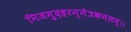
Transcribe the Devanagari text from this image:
निजमुदहरन्नेत्रकमलम्।।